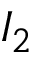
I _ { 2 }